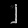
Digit: ၂